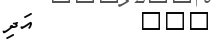
١٠٦         އަދި